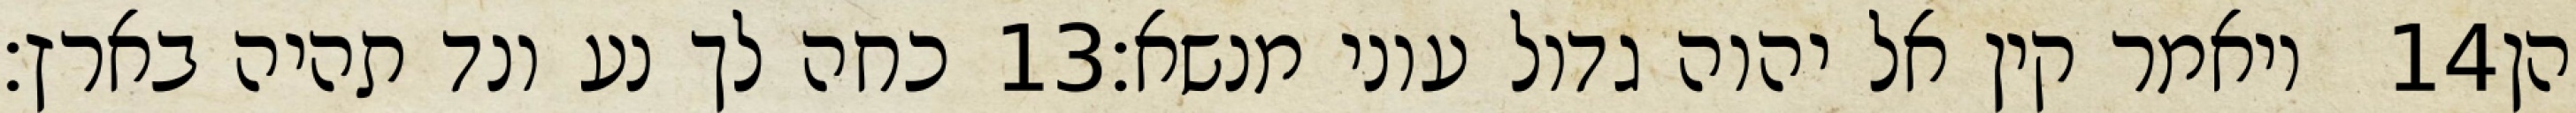
כחה לך נע ונד תהיה בארץ׃ ‎13‏ ויאמר קין אל יהוה גדול עוני מנשא׃ ‎14‏ הן